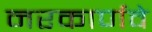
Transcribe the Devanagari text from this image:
नरकार्णवे